Veterinary regulations India, 1939 -
Year: 1939
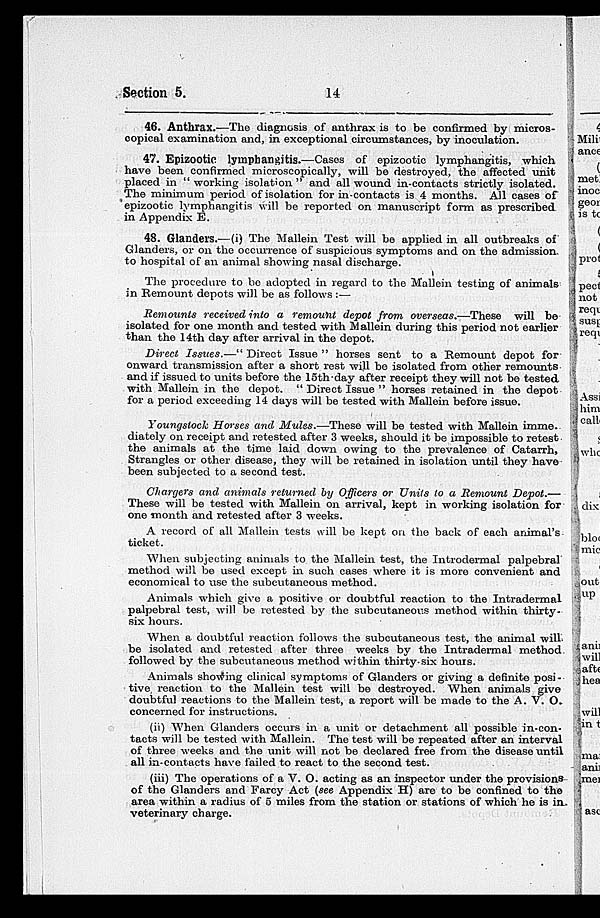
Section 5.
14
46. Anthrax.—The diagnosis of anthrax is to be confirmed by micros-
copical examination and, in exceptional circumstances, by inoculation.
47. Epizootic lymphangitis.—Cases of epizootic lymphangitis, which
have been confirmed microscopically, will be destroyed, the affected unit
placed in " working isolation " and all wound in-contacts strictly isolated.
The minimum period of isolation for in-contacts is 4 months. All cases of
epizootic lymphangitis will be reported on manuscript form as prescribed
in Appendix E.
48. Glanders.—(i) The Mallein Test will be applied in all outbreaks of
Glanders, or on the occurrence of suspicious symptoms and on the admission
to hospital of an animal showing nasal discharge.
The procedure to be adopted in regard to the Mallein testing of animals
in Remount depots will be as follows :—
Remounts received into a remount depot from overseas.—These
will be
isolated for one month and tested with Mallein during this period not earlier
than the 14th day after arrival in the depot.
Direct Issues.—" Direct Issue " horses sent to a Remount depot for
onward transmission after a short rest will be isolated from other remounts
and if issued to units before the 15th-day after receipt they will not be tested
with Mallein in the depot. " Direct Issue " horses retained in the depot
for a period exceeding 14 days will be tested with Mallein before issue.
Youngstock Horses and Mules.—These will be tested with Mallein imme.
diately on receipt and retested after 3 weeks, should it be impossible to retest
the animals at the time laid down owing to the prevalence of Catarrh,
Strangles or other disease, they will be retained in isolation until they have
been subjected to a second test.
Chargers and animals returned by Officers or Units to a Remount Depot.—
These will be tested with Mallein on arrival, kept in working isolation for
one month and retested after 3 weeks.
A record of all Mallein tests will be kept on the back of each animal's
ticket.
When subjecting animals to the Mallein test, the Introdermal palpebral
method will be used except in such cases where it is more convenient and
economical to use the subcutaneous method.
Animals which give a positive or doubtful reaction to the Intradermal
palpebral test, will be retested by the subcutaneous method within thirty-
six hours.
When a doubtful reaction follows the subcutaneous test, the animal will
be isolated and retested after three weeks by the Intradermal method
followed by the subcutaneous method within thirty-six hours.
Animals showing clinical symptoms of Glanders or giving a definite posi-
tive, reaction to the Mallein test will be destroyed. When animals give
doubtful reactions to the Mallein test, a report will be made to the A. V. O.
concerned for instructions.
(ii) When Glanders occurs in a unit or detachment all possible in-con-
tacts will be tested with Mallein. The test will be repeated after an interval
of three weeks and the unit will not be declared free from the disease until
all in-contacts have failed to react to the second test.
(iii) The operations of a V. O. acting as an inspector under the provisions
of the Glanders and Farcy Act (see Appendix H) are to be confined to the
area within a radius of 5 miles from the station or stations of which he is in
veterinary charge.